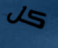
كل